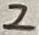
Text: 2